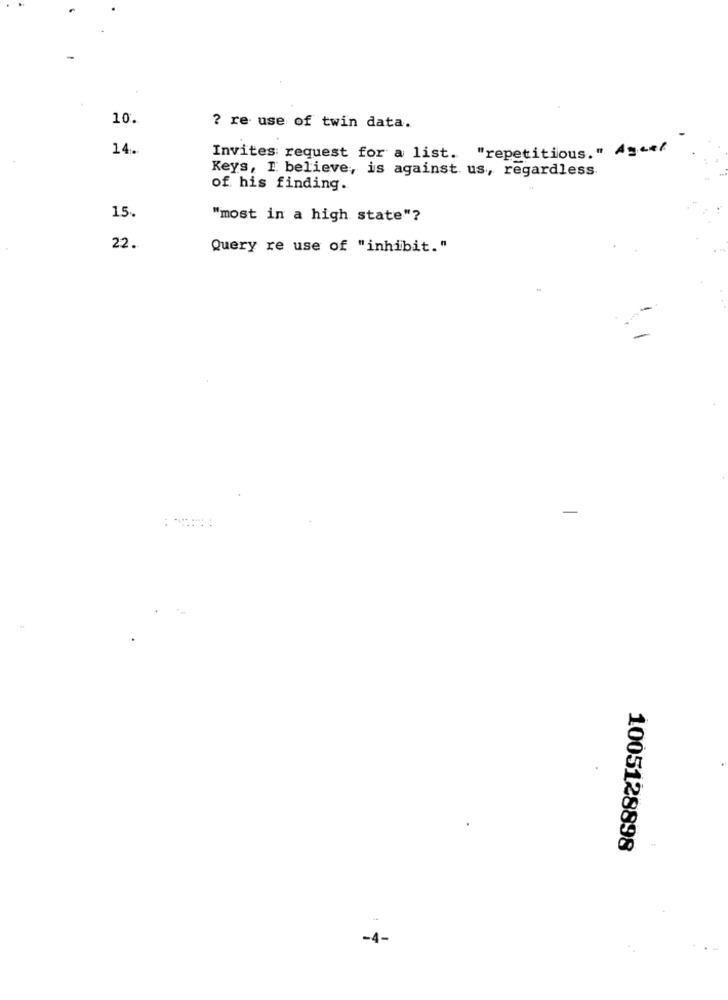
10.
? re use of twin data.
14.
Invites: request for a list. "repetitious. " Ageet
Keys, I believe, is against us, regardless
of his finding.
15.
"most in a high state"?
22.
Query re use of "inhibit."
1005128898
-4-